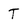
Character: T